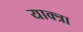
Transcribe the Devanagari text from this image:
याक्त्रा